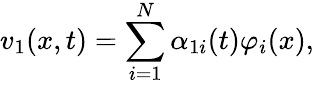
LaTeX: v_{1}(x,t)=\sum_{i=1}^{N}\alpha_{1i}(t)\varphi_{i}(x),